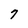
Character: 7